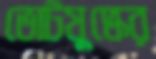
ভোটযুদ্ধের